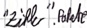
Text: "Zähler".Pakete